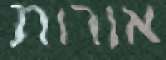
אורות